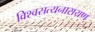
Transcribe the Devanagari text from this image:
विश्वसत्यनारायण